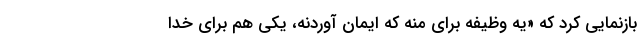
بازنمایی کرد که «یه وظیفه برای منه که ایمان آوردنه، یکی هم برای خدا